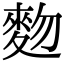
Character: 䴯